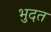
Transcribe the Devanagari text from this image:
भुदत